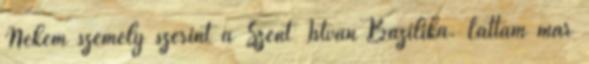
Nekem személy szerint a Szent István Bazilika. Láttam már